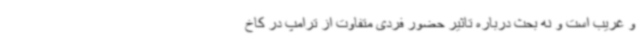
و غریب است و نه بحث درباره تاثیر حضور فردی متفاوت از ترامپ در کاخ